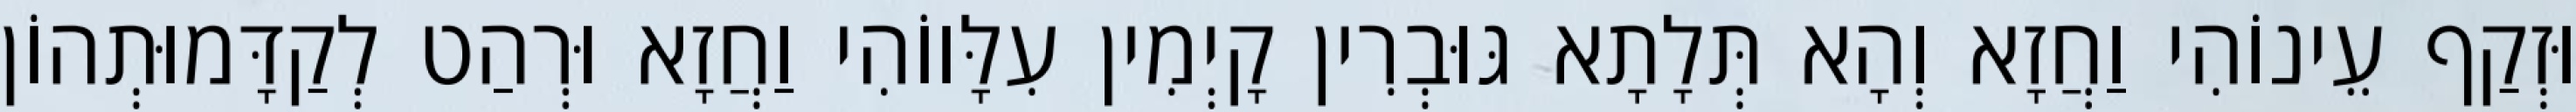
וּזְקַף עֵינוֹהִי וַחֲזָא וְהָא תְּלָתָא גּוּבְרִין קָיְמִין עִלָּווֹהִי וַחֲזָא וּרְהַט לְקַדָּמוּתְהוֹן